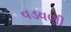
વડવણી